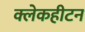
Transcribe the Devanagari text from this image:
क्लेकहीटन